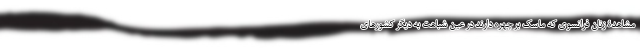
مشاهدۀ زنان فرانسوی که ماسک بر چهره دارند در عین شباهت به دیگر کشورهای